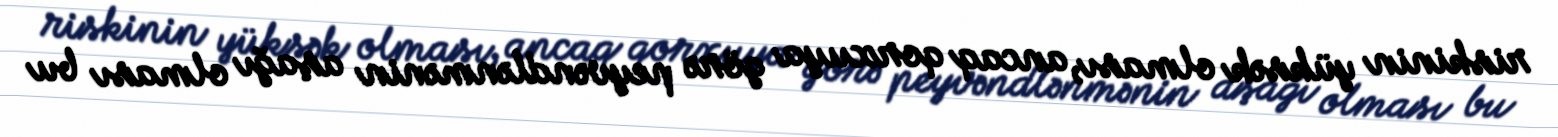
riskinin yüksək olması, ancaq qorxuya görə peyvəndlənmənin aşağı olması bu